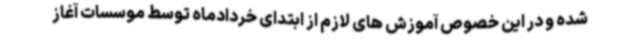
شده و در این خصوص آموزش های لازم از ابتدای خردادماه توسط موسسات آغاز